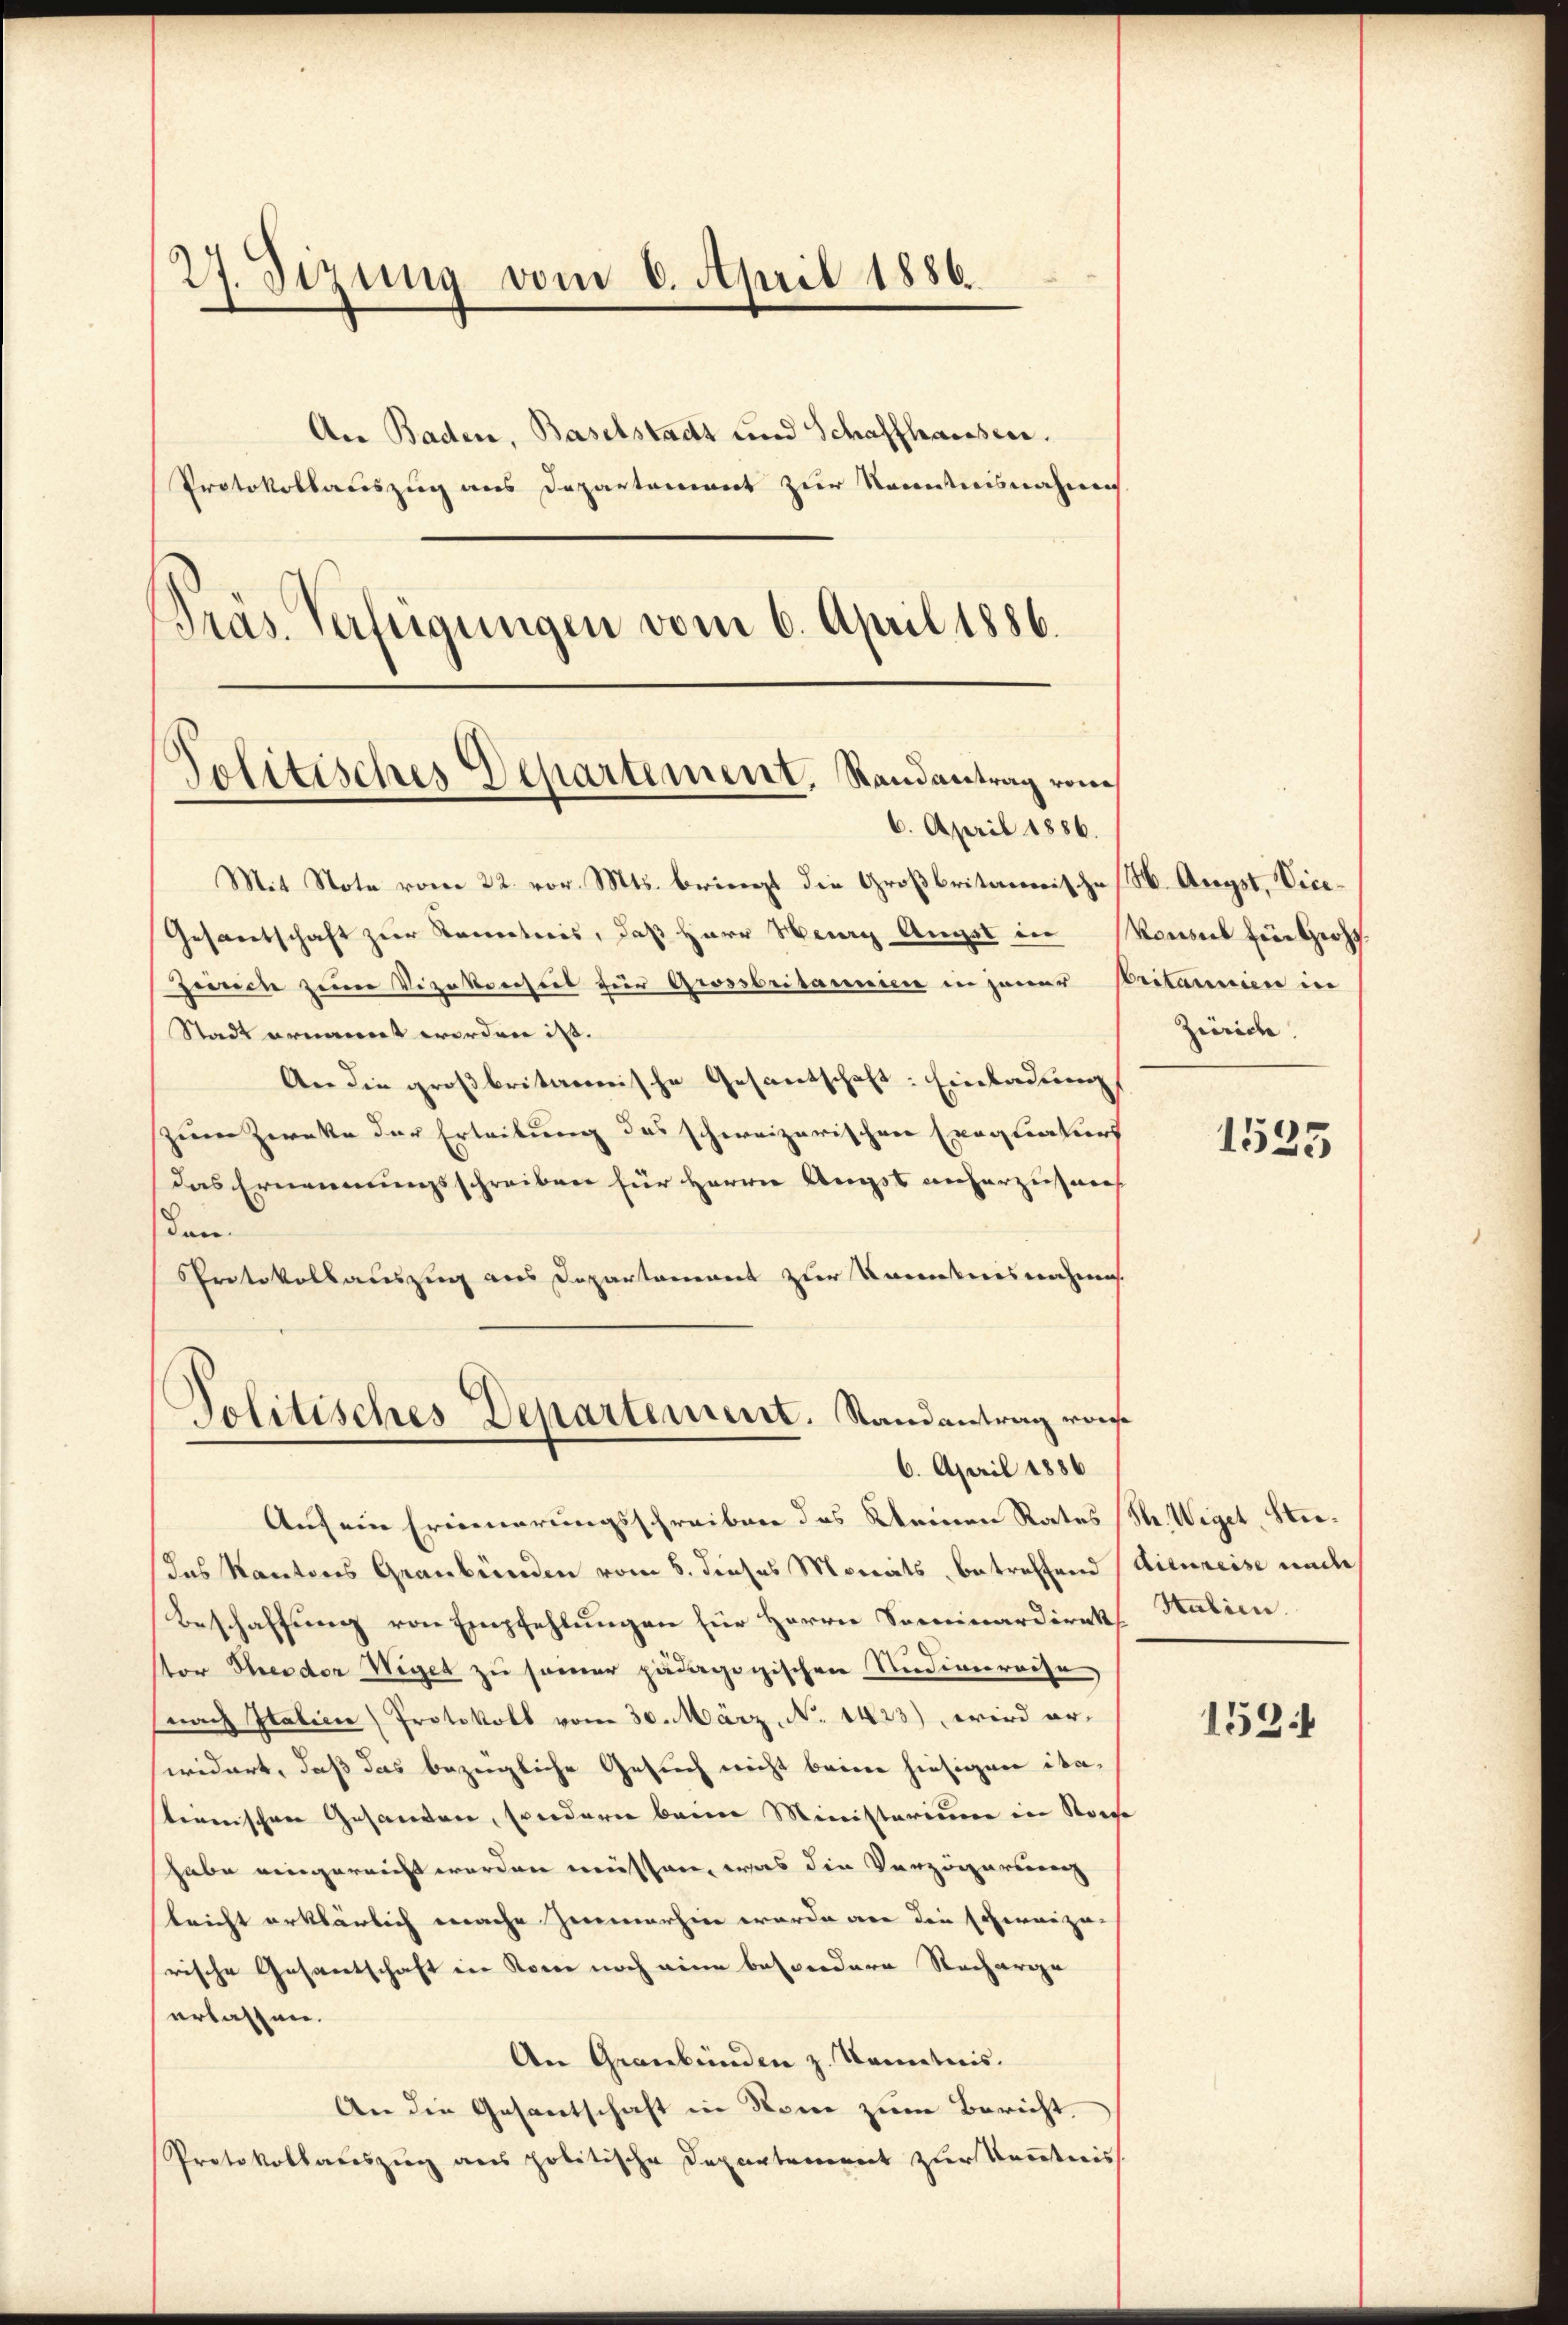
27. Sizung vom 6. April 1886.
An Baden, Baselstadt und Schaffhausen.
Protokollauszug aus Departement zur Kenntnisnahme

Präs. Verfügungen vom 6. April 1886.

Politisches Departement, Randantrag vom
6. April 1886.

Mit Note vom 22. vor. Mts. beinigt die Großbritannische (H. Angst, Vice¬
Gesantschaft zur Kometeris, daß Herr Heurg Augst in
Zerrich zum Vizekonseit zur Grossbritannien in jener Pritanien in
Stadt ernannt worden ist.
An die großbritaerarische Gesantschaft: Einladung
zum Zwecke der Erteilung des schweizerischen Exequaturs
das Ernennungsschreiben für Herrn Augst anherziehnens
Kan.
PProtokollauszug aus Departement zur Kenntnisnahme
Auf ein Erinnerungsschreiben das keinen Rates
das Kantons Graubünden vom 5. dieses Monats, betreffend
Beschaffung von Empfehlungen für Herrn Sominardirek
stor Heider Wiger zu sammer pädagogischen Studivereise
(nach Italien) Protokoll vom 30. März, No 1423), wird erwidert, daß das bezügliche Gesuch nicht beine hiesigen itationischen Gesanden, sondern beim Ministerium in Vor
habe eingereicht worden müssen, was die Verzögerung
lricht erklärlich mache Zimmerhin werde vor den schereizu-
rische Gesandtschaft ein Sonne noch eine besondere Recharge
erlassen.
An Gernbünden z. Kenntnis.
An die Gesantschaft in Rome zum Bericht
Protokollabeszug aus politische Departement zur Kenntnis

Politisches Departement. Randantrag von
6. April 1886

Konsul Ein Gross.
Zürich.

1535

Sh. Wiget, Stie¬
Aieureise und
Stalien.

1531